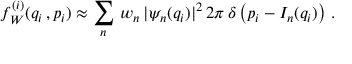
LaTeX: f _ { W } ^ { ( i ) } ( q _ { i } \, , p _ { i } ) \approx \sum _ { n } ^ { } \, w _ { n } \, | \psi _ { n } ( q _ { i } ) | ^ { 2 } \, 2 \pi \, \delta \left( p _ { i } - I _ { n } ( q _ { i } ) \right) \, .